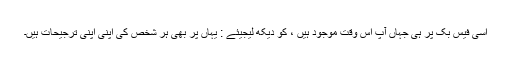
اسی فیس بک پر ہی جہاں آپ اس وقت موجود ہیں ، کو دیکھ لیجیئے : یہاں پر بھی ہر شخص کی اپنی اپنی ترجیحات ہیں۔